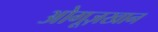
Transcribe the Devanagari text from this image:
ओगूज़खान